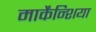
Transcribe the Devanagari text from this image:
मार्केंन्शिया